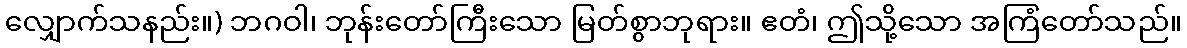
လျှောက်သနည်း။) ဘဂဝါ၊ ဘုန်းတော်ကြီးသော မြတ်စွာဘုရား။ ဧတံ၊ ဤသို့သော အကြံတော်သည်။